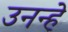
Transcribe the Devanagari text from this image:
उनन्हे